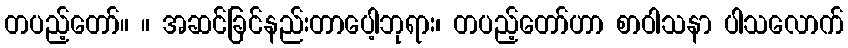
တပည့်တော်။ ။ အဆင်ခြင်နည်းတာပေါ့ဘုရား၊ တပည့်တော်ဟာ စာဝါသနာ ပါသလောက်